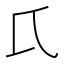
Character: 𱍸